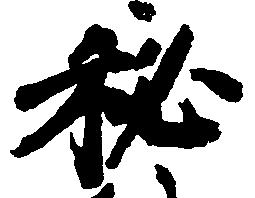
秘